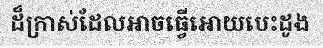
ដ៏ក្រាស់ដែលអាចធ្វើអោយបេះដូង